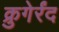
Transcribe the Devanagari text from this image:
क्रुगेर्रंद